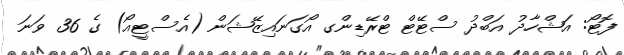
ފޮޓޯ: އަޝްހާދު އަބްދު ސްޓޭޓް ޓްރޭޑިންގ އޯގަނައިޒޭޝަން (އެސްޓީއޯ) ގެ 36 ވަނަ